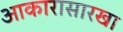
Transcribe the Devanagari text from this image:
आकारासारखा